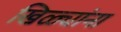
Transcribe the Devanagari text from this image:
खिळ्यांना